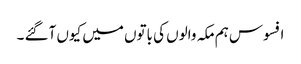
افسوس ہم مکہ والوں کی باتوں میں کیوں آگئے ۔